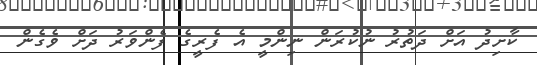
ކާށިދު އަށް ދަތުރު ނުކުރަން ނިންމީ އެ ފެރީގެ ފެންވަރު ދަށް ވެގެން